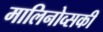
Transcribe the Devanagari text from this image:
मालिनोव्सकी